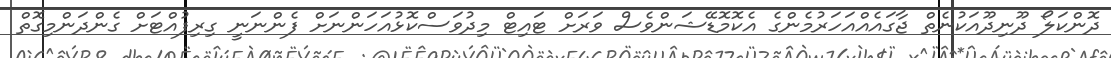
ދޮންކަލޯ ދޫނިދޫއަކުނެތް ޖާގައެއްއަހަރުމެންގެ އެކޮމޮޑޭޝަންވެސް ވަރަށް ޓައިޓް މިދުވަސްކޮޅުއަހަންނަށް ފެންނަނީ ގިރިފުއްޓަށް ގެންދަންމިގޮތް